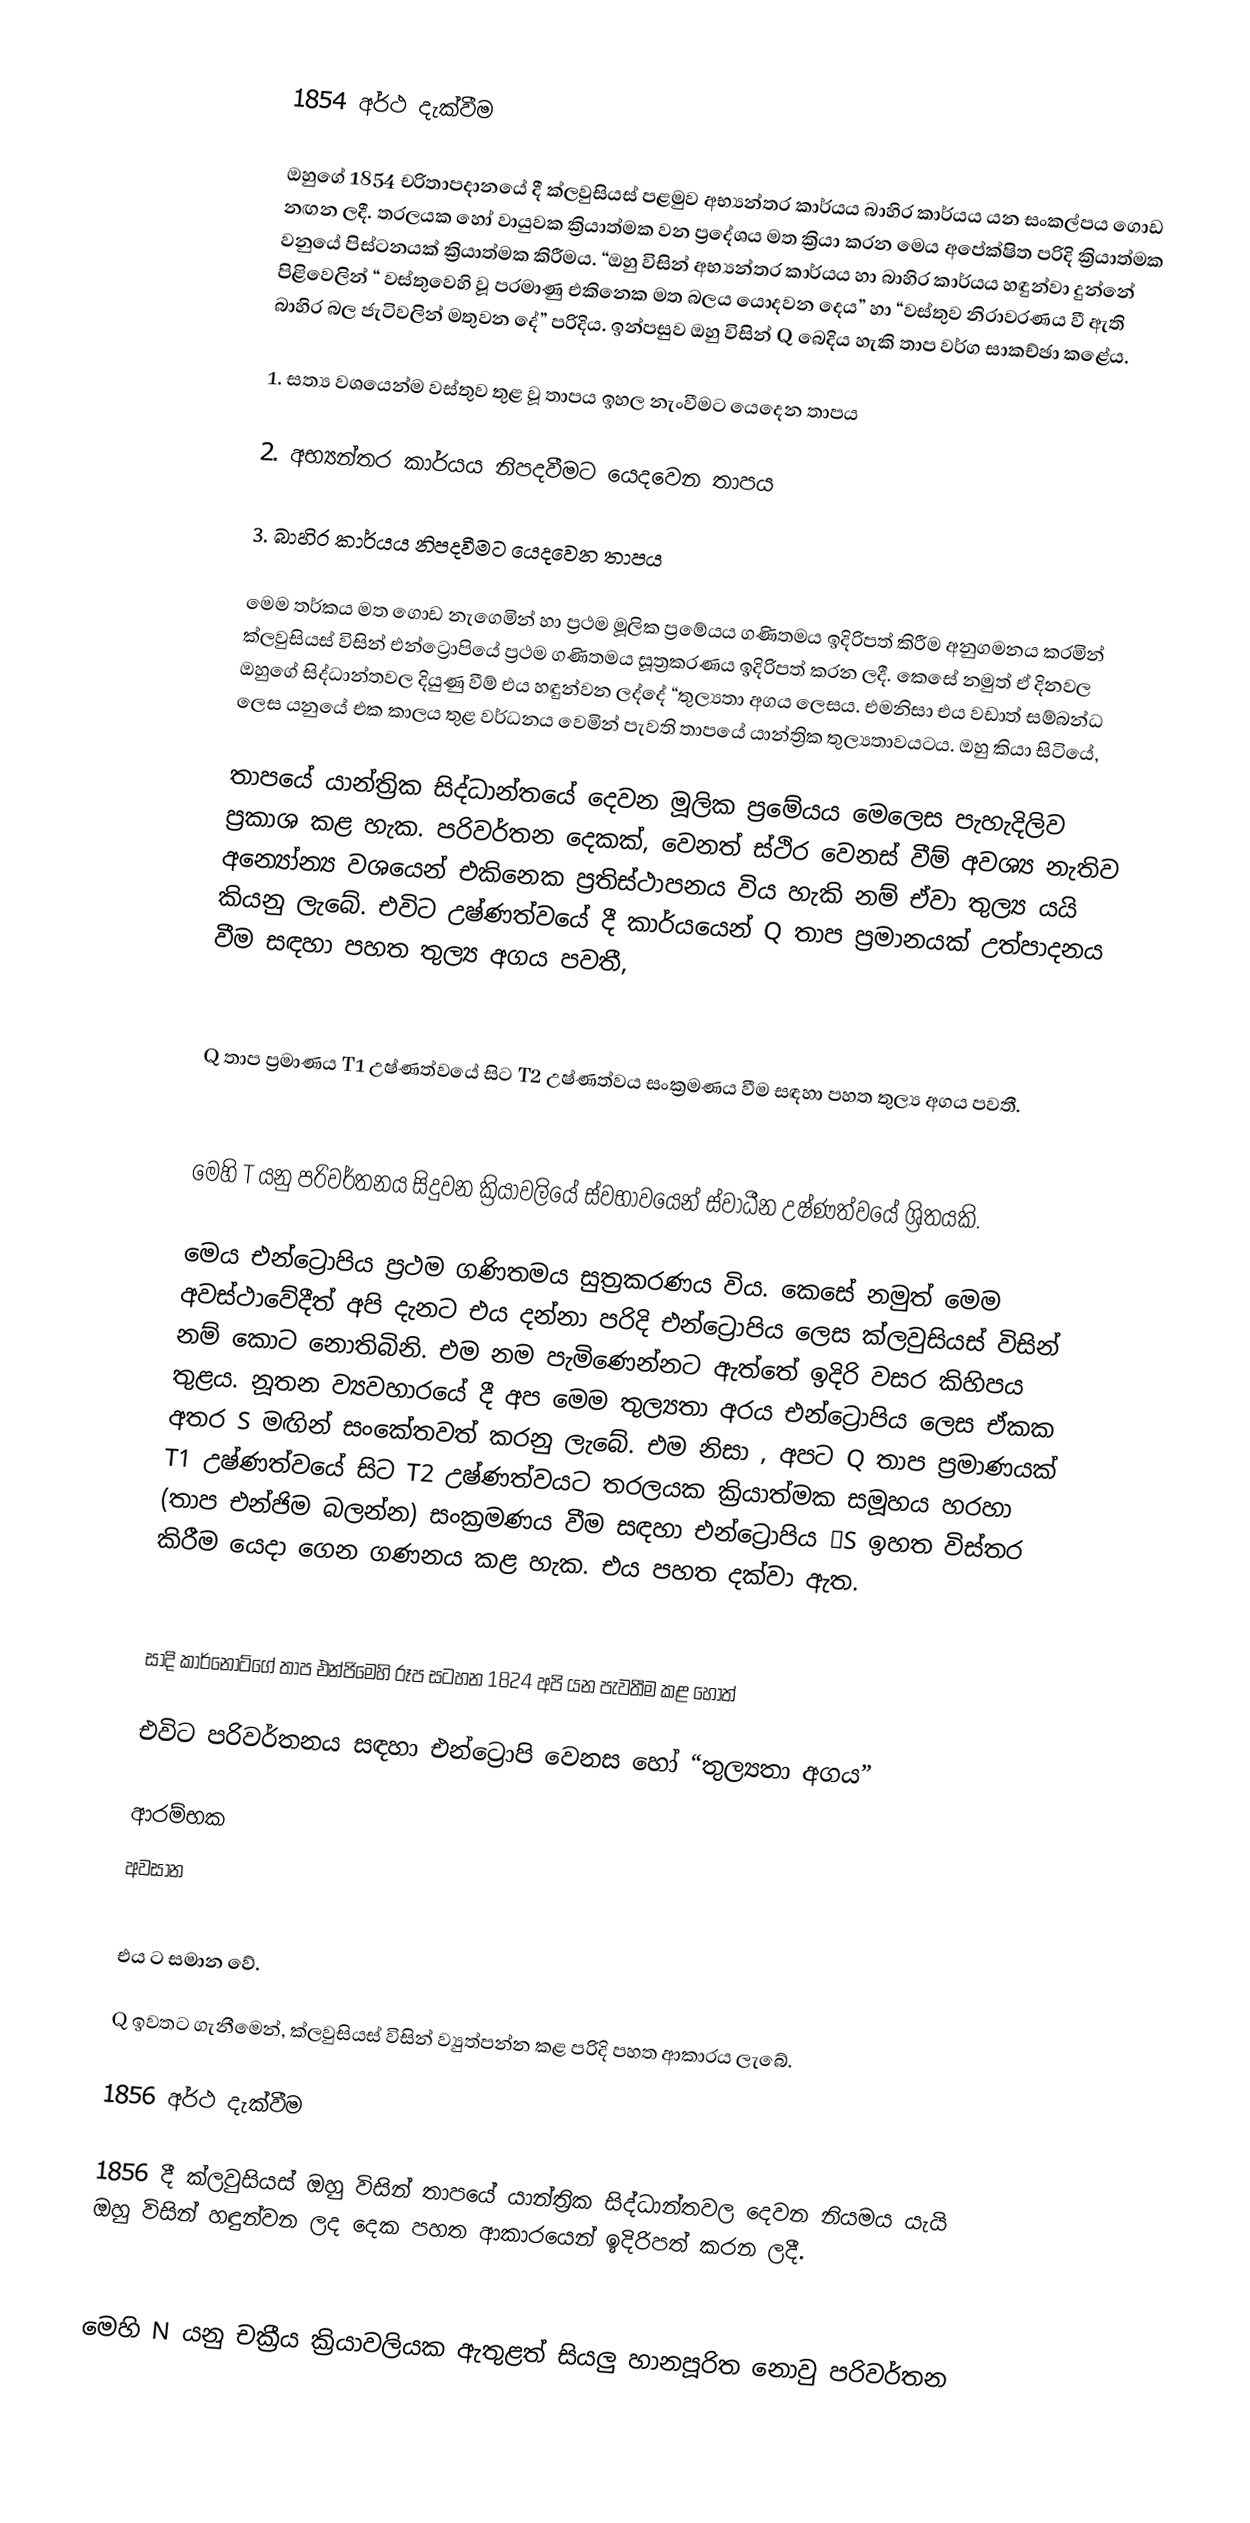

1854 අර්ථ දැක්වීම

ඔහුගේ 1854 චරිතාපදානයේ දී ක්ලවුසියස් පළමුව අභ්‍යන්තර කාර්යය බාහිර කාර්යය යන සංකල්පය ගොඩ නඟන ලදී. තරලයක හෝ වායුවක ක්‍රියාත්මක වන ප්‍රදේශය මත ක්‍රියා කරන මෙය අපේක්ෂිත පරිදි ක්‍රියාත්මක වනුයේ පිස්ටනයක් ක්‍රියාත්මක කිරීමය. “ඔහු විසින් අභ්‍යන්තර කාර්යය හා බාහිර කාර්යය හඳුන්වා දුන්නේ පිළිවෙලින් “ වස්තුවෙහි වූ පරමාණු එකිනෙක මත බලය යොදවන දෙය” හා “වස්තුව නිරාවරණය වී ඇති බාහිර බල ජැටිවලින් මතුවන දේ” පරිදිය. ඉන්පසුව ඔහු විසින් Q බෙදිය හැකි තාප වර්ග සාකච්ඡා කළේය.

1.	සත්‍ය වශයෙන්ම වස්තුව තුළ වූ තාපය ඉහල නැංවීමට යෙදෙන තාපය

2.	අභ්‍යන්තර කාර්යය නිපදවීමට යෙදවෙන තාපය

3.	බාහිර කාර්යය නිපදවීමට යෙදවෙන තාපය

මෙම තර්කය මත ගොඩ නැගෙමින් හා ප්‍රථම මූලික ප්‍රමේයය ගණිතමය ඉදිරිපත් කිරීම අනුගමනය කරමින් ක්ලවුසියස් විසින් එන්ට්‍රොපියේ ප්‍රථම ගණිතමය සූත්‍රකරණය ඉදිරිපත් කරන ලදී. කෙසේ නමුත් ඒ දිනවල ඔහුගේ සිද්ධාන්තවල දියුණු වීම් එය හඳුන්වන ලද්දේ “තුල්‍යතා අගය ලෙසය. එමනිසා එය වඩාත් සම්බන්ධ ලෙස යනුයේ එක කාලය තුළ වර්ධනය වෙමින් පැවති තාපයේ යාන්ත්‍රික තුල්‍යතාවයටය. ඔහු කියා සිටියේ,

තාපයේ යාන්ත්‍රික සිද්ධාන්තයේ දෙවන මූලික ප්‍රමේයය මෙලෙස පැහැදිලිව ප්‍රකාශ කළ හැක. පරිවර්තන දෙකක්, වෙනත් ස්ථිර වෙනස් වීම් අවශ්‍ය නැතිව අන්‍යෝන්‍ය වශයෙන් එකිනෙක ප්‍රතිස්ථාපනය විය හැකි නම් ඒවා තුල්‍ය යයි කියනු ලැබේ. එවිට උෂ්ණත්වයේ දී කාර්යයෙන් Q  තාප ප්‍රමානයක් උත්පාදනය වීම සඳහා පහත තුල්‍ය අගය පවතී,

Q තාප ප්‍රමාණය T1 උෂ්ණත්වයේ සිට T2 උෂ්ණත්වය සංක්‍රමණය වීම සඳහා පහත තුල්‍ය අගය පවතී.

මෙහි T යනු පරිවර්තනය සිදුවන ක්‍රියාවලියේ ස්වභාවයෙන් ස්වාධීන උෂ්ණත්වයේ ශ්‍රිතයකි.

මෙය එන්ට්‍රොපිය ප්‍රථම ගණිතමය සුත්‍රකරණය විය. කෙසේ නමුත් මෙම අවස්ථාවේදීත් අපි දැනට එය දන්නා පරිදි එන්ට්‍රොපිය ලෙස ක්ලවුසියස් විසින් නම් කොට නොතිබිනි. එම නම පැමිණෙන්නට ඇත්තේ ඉදිරි වසර කිහිපය තුළය. නූතන ව්‍යවහාරයේ දී අප මෙම තුල්‍යතා අරය එන්ට්‍රොපිය ලෙස ඒකක අතර S මඟින් සංකේතවත් කරනු ලැබේ. එම නිසා , අපට Q තාප ප්‍රමාණයක් T1 උෂ්ණත්වයේ සිට T2  උෂ්ණත්වයට තරලයක ක්‍රියාත්මක සමූහය හරහා (තාප එන්ජිම බලන්න) සංක්‍රමණය වීම සඳහා එන්ට්‍රොපිය ΔS ඉහත විස්තර කිරීම යෙදා ගෙන ගණනය කළ හැක. එය පහත දක්වා ඇත.

සාදි කාර්නෝට්ගේ තාප එන්ජිමෙහි රූප සටහන 1824 අපි යන පැවතීම කළ හොත්

එවිට පරිවර්තනය සඳහා එන්ට්‍රොපි වෙනස හෝ “තුල්‍යතා අගය”

ආරම්භක
අවසාන

එය     ට සමාන වේ.

Q ඉවතට ගැනීමෙන්, ක්ලවුසියස් විසින් ව්‍යුත්පන්න කළ පරිදි පහත ආකාරය ලැබේ.

1856 අර්ථ දැක්වීම

1856 දී ක්ලවුසියස් ඔහු විසින් තාපයේ යාන්ත්‍රික සිද්ධාන්තවල දෙවන නියමය යැයි ඔහු විසින් හඳුන්වන ලද දෙක පහත ආකාරයෙන් ඉදිරිපත් කරන ලදී.

මෙහි N යනු චක්‍රීය ක්‍රියාවලියක ඇතුළත් සියලු හානපූරිත නොවු පරිවර්තන